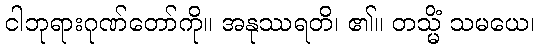
ငါဘုရားဂုဏ်တော်ကို။ အနုဿရတိ၊ ၏။ တသ္မိံ သမယေ၊